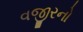
વજીરનો